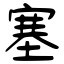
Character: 塞